Vital statistics of India. Vol. VI, European troops 1870-79
Year: 1870
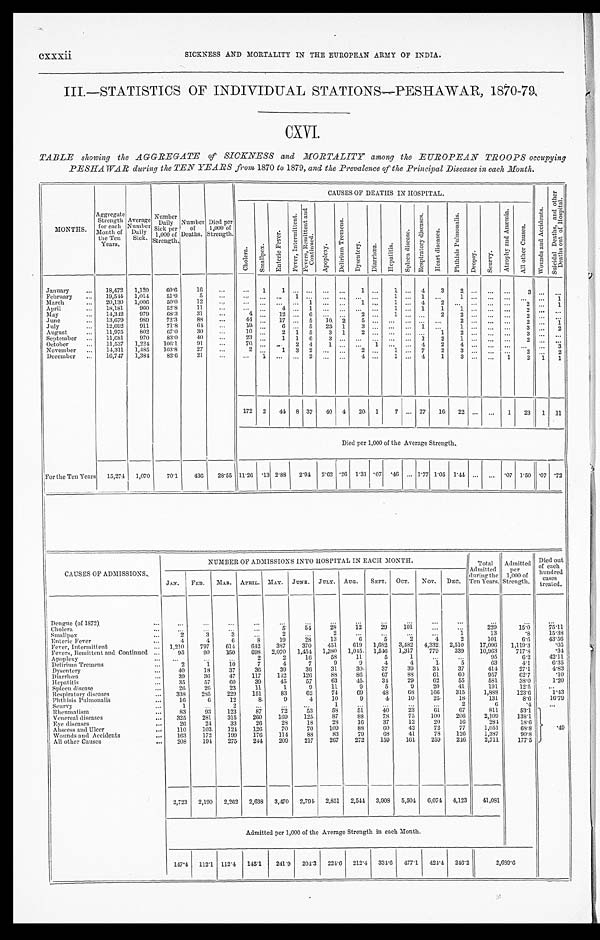
cxxxii
SICKNESS AND MORTALITY IN THE EUROPEAN ARMY OF INDIA.
III.—STATISTICS OF INDIVIDUAL STATIONS—PESHAWAR, 1870-79.
CXVI.
TABLE showing the AGGREGATE of SICKNESS and MORTALITY among the EUROPEAN TROOPS occupying
PESHAWAR during the TEN YEARS from 1870 to 1879, and the Prevalence of the Principal Diseases in each Month.
MONTHS.
Aggregate Strength for each
Month of
the Ten
Years.
Average
Number Daily Sick.
Number Daily
Sick per
1,000 of
Strength.
Number of
Deaths.
Died per
1,000 of
Strength.
CAUSES OF DEATHS IN HOSPITAL.
W o u n d s a n d A c c i d e n t s .
S u i c i d a l D e a t h s , a n d o t h e r
D e a t h s o u t o f H o s p i t a l .
C h o l e r a . S m a l l p o x .
E n t e r i c F e v e r .
F e v e r , I n t e r m i t t e n t .
F e v e r s , R e m i t t e n t a n d
C o n t i n u e d .
A p o p l e x y .
D e l i r i u m T r e m e n s .
D y s e n t e r y . D i a r r h œ a .
H e p a t i t i s .
S p l e e n d i s e a s e . R e s p i r a t o r y d i s e a s e s .
H e a r t d i s e a s e s .
P h t h i s i s P u l m o n a l i s .
D r o p s y . S c u r v y .
A t r o p h y a n d A n æ m i a .
A l l o t h e r C a u s e s .
January
18,472 1,120 60.6 16
1 1
1
1 4 3 2
3
February
19,544 1,014 51.9
5
1
1
1
1
1
March
20,130 1,006 50.0 12
1
1
1 4 2
2
1
April
18,181 960 52.8 11
4
1
1
1 1 1
2
May
14,342 979 68.3 31
4
12
6
2 1
2
2
2
June
13,679 989 72.3 88
44
17
5 10 2 5
2
2
1
July
12,692 911 71.8
6 4
19
6
5 23 1
3
1
1
3
2
August
11,975 802 67.0 30
10
2 1 5 3 1 2
1
2
3
September
11,681 970 83.0 40
23
1 1 6 3
1 2 1
2
October
11,537 1,224 106.1 91
70
2 4 1
1
4 2 4
3
November
14,311 1,485 103.8 27
2
1 3 2
2
1
7 2 3
2
2
December
16,747 1,384 82.6 21
1
2
4
1
4 1 3
1 2 1 1
172 2 44 8 37 40 4 20 1 7
27 16 22
1 23 1 11
Died per 1,000 of the Average Strength.
For the Ten Years 15,274 1,070 70.1 436 28.55 11.26 . 13 2.88 2 . 9 4
2.62 .26 1.31 . 07 . 4 6 1.77 1.05 1.44
.07 1.50 .07 .72
NUMBER OF ADMISSIONS INTO HOSPITAL IN EACH MONTH.
Total
Admitted
during the
Ten Years.
Admitted per
1,000 of
Strength.
Died out
o f e a c h
hundred
treated.
CAUSES OF ADMISSIONS.
JAN. FEB. MAR. APRIL. MAY. JUNE. JULY. AUG. SEPT. OCT. NOV. DEC.
Dengue (of 1872)
Cholera
5
54
28
12
29 101
229
15.0 7 5 . 1 1
Smallpox
2
3
3
2
2
1
13
. 8 1 5 . 3 8
Enteric Fever
4
4
6
8
19
28
13
6 5
2
4
2
101
6.6 4 3 . 5 6
Fever, Intermittent
1,210 797 614 642 387 370 451 619 1,682 3,482 4,332 2,510 17,096 1,119.3
.05
Fevers, Remittent and Continued
95 90 150 698 2,070 1,454 1,380 1,045. 1,546 1,317 779 339 10,963 717.8
. 3 4
Apoplexy
2 2
16 58
11
5
1
95
6.2 4 2 . 1 1
Delirium Tremens
2
1
10
7
4
7
9
9
4
4
1
5
63
4.1
6 . 3 5
Dysentery
40
18
37
36
39
36 31
30
37
39
34 37
414
27.1
4 . 8 3
Diarrhœa
39
36
47 117 142 126
8 8 86
67
88
61
60
957
62.7
.10
Hepatitis
3 5 57
60
39
41
57
63
45
34 29
62
55
581
38.0
1 . 2 0
Spleen disease
2 6 26
23
11
1
9
11
9 5
9
20
41
191
12.5
Respiratory diseases 338 285 229 151
83
62
74 69
48 68 166 315
1,888
123.6
1.43
Phthisis Pulmonalis
16
6
12
8
9
4
10
9
4
10
25
18
131
8.6
1 6 . 7 9
Scurvy
1
2
1
2
6
.4
Rheumatism
83
93 123
87
72
53
58
51
40
23
61
67
811
53.1
. 4 9
Venereal diseases
325 281 315 260 169 125
87 88
78
75 100 206 2,109
138.1
Eye diseases
2 6 24 33
26
28
18
28
16
37
12
20
16
284
18.6
Abscess and Ulcer
110 103 124 126
70 70 109
88
60
42
72
77 1,051
68.8
Wounds and Accidents
163 172 199 176 114 88
83
79
68
41
78 126 1,387
90.8
All other Causes
208 194 275 244 209 217 267 272 159 161 259 246. 2,711
177.5
2,723 2,190 2,262 2,638 3,470 2,794 2,851 2,544 3,908 5,504 6,074 4,123 41,081
Admitted per 1,000 of the Average Strength in each Month.
147.4 112.1 112.4 145.1 241.9 204.3 224.6 212.4 334.6 477.1 424.4 246.2
2 , 6 8 9 . 6